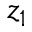
z _ { 1 }